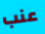
عنب